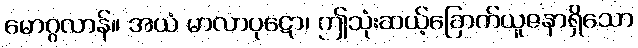
မောဂ္ဂလာန်။ အယံ မာလာပုဋော၊ ဤသုံးဆယ့်ခြောက်ယူဇနာရှိသော